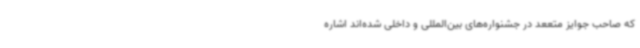
که صاحب جوایز متععد در جشنواره‌های بین‌المللی و داخلی شده‌اند اشاره